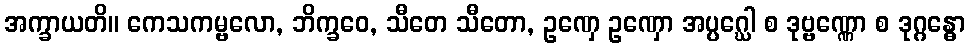
အက္ခာယတိ။ ကေသကမ္ဗလော, ဘိက္ခဝေ, သီတေ သီတော, ဥဏှေ ဥဏှော အပ္ပဂ္ဃေါ စ ဒုဗ္ဗဏ္ဏော စ ဒုဂ္ဂန္ဓော